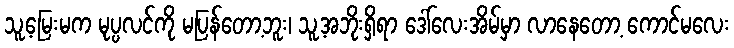
သူ့မြေးမက မုပ္ပလင်ကို မပြန်တော့ဘူး၊ သူ့အဘိုးရှိရာ ဒေါ်လေးအိမ်မှာ လာနေတော့ ကောင်မလေး